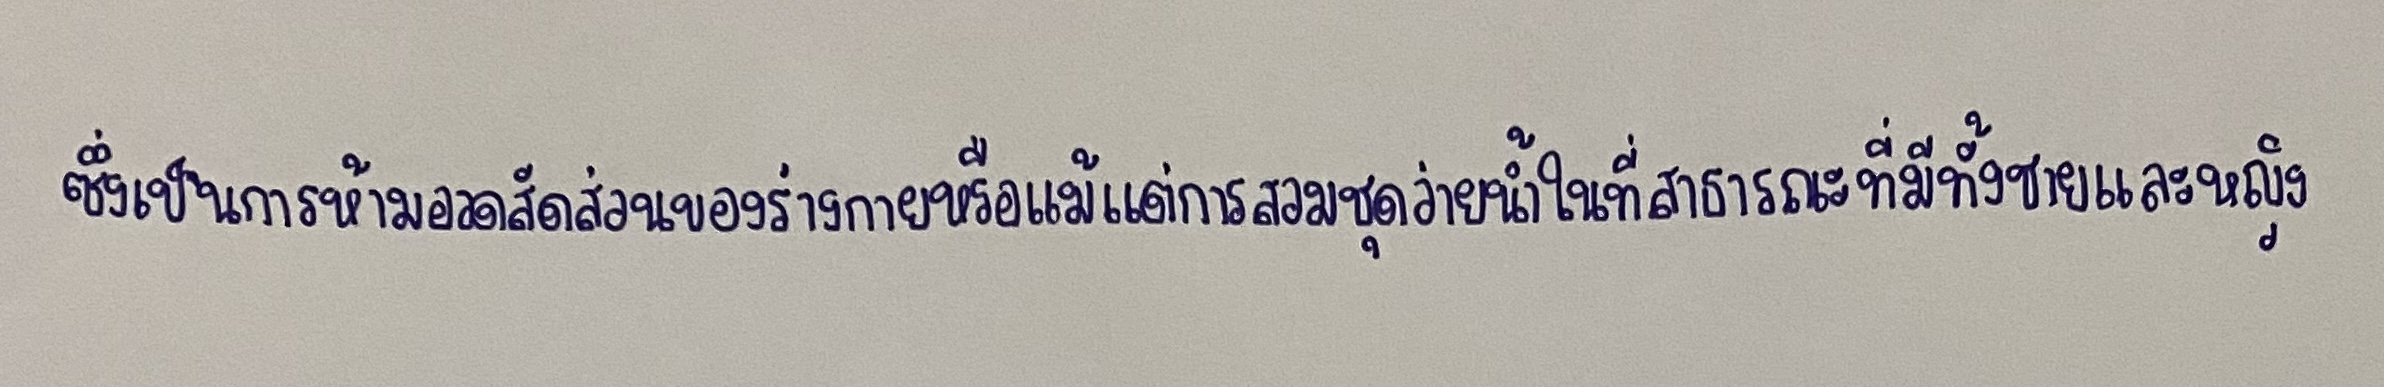
ซึ่งเป็นการห้ามอวดสัดส่วนของร่างกายหรือแม้แต่การสวมชุดว่ายน้ำในที่สาธารณะที่มีทั้งชายและหญิง